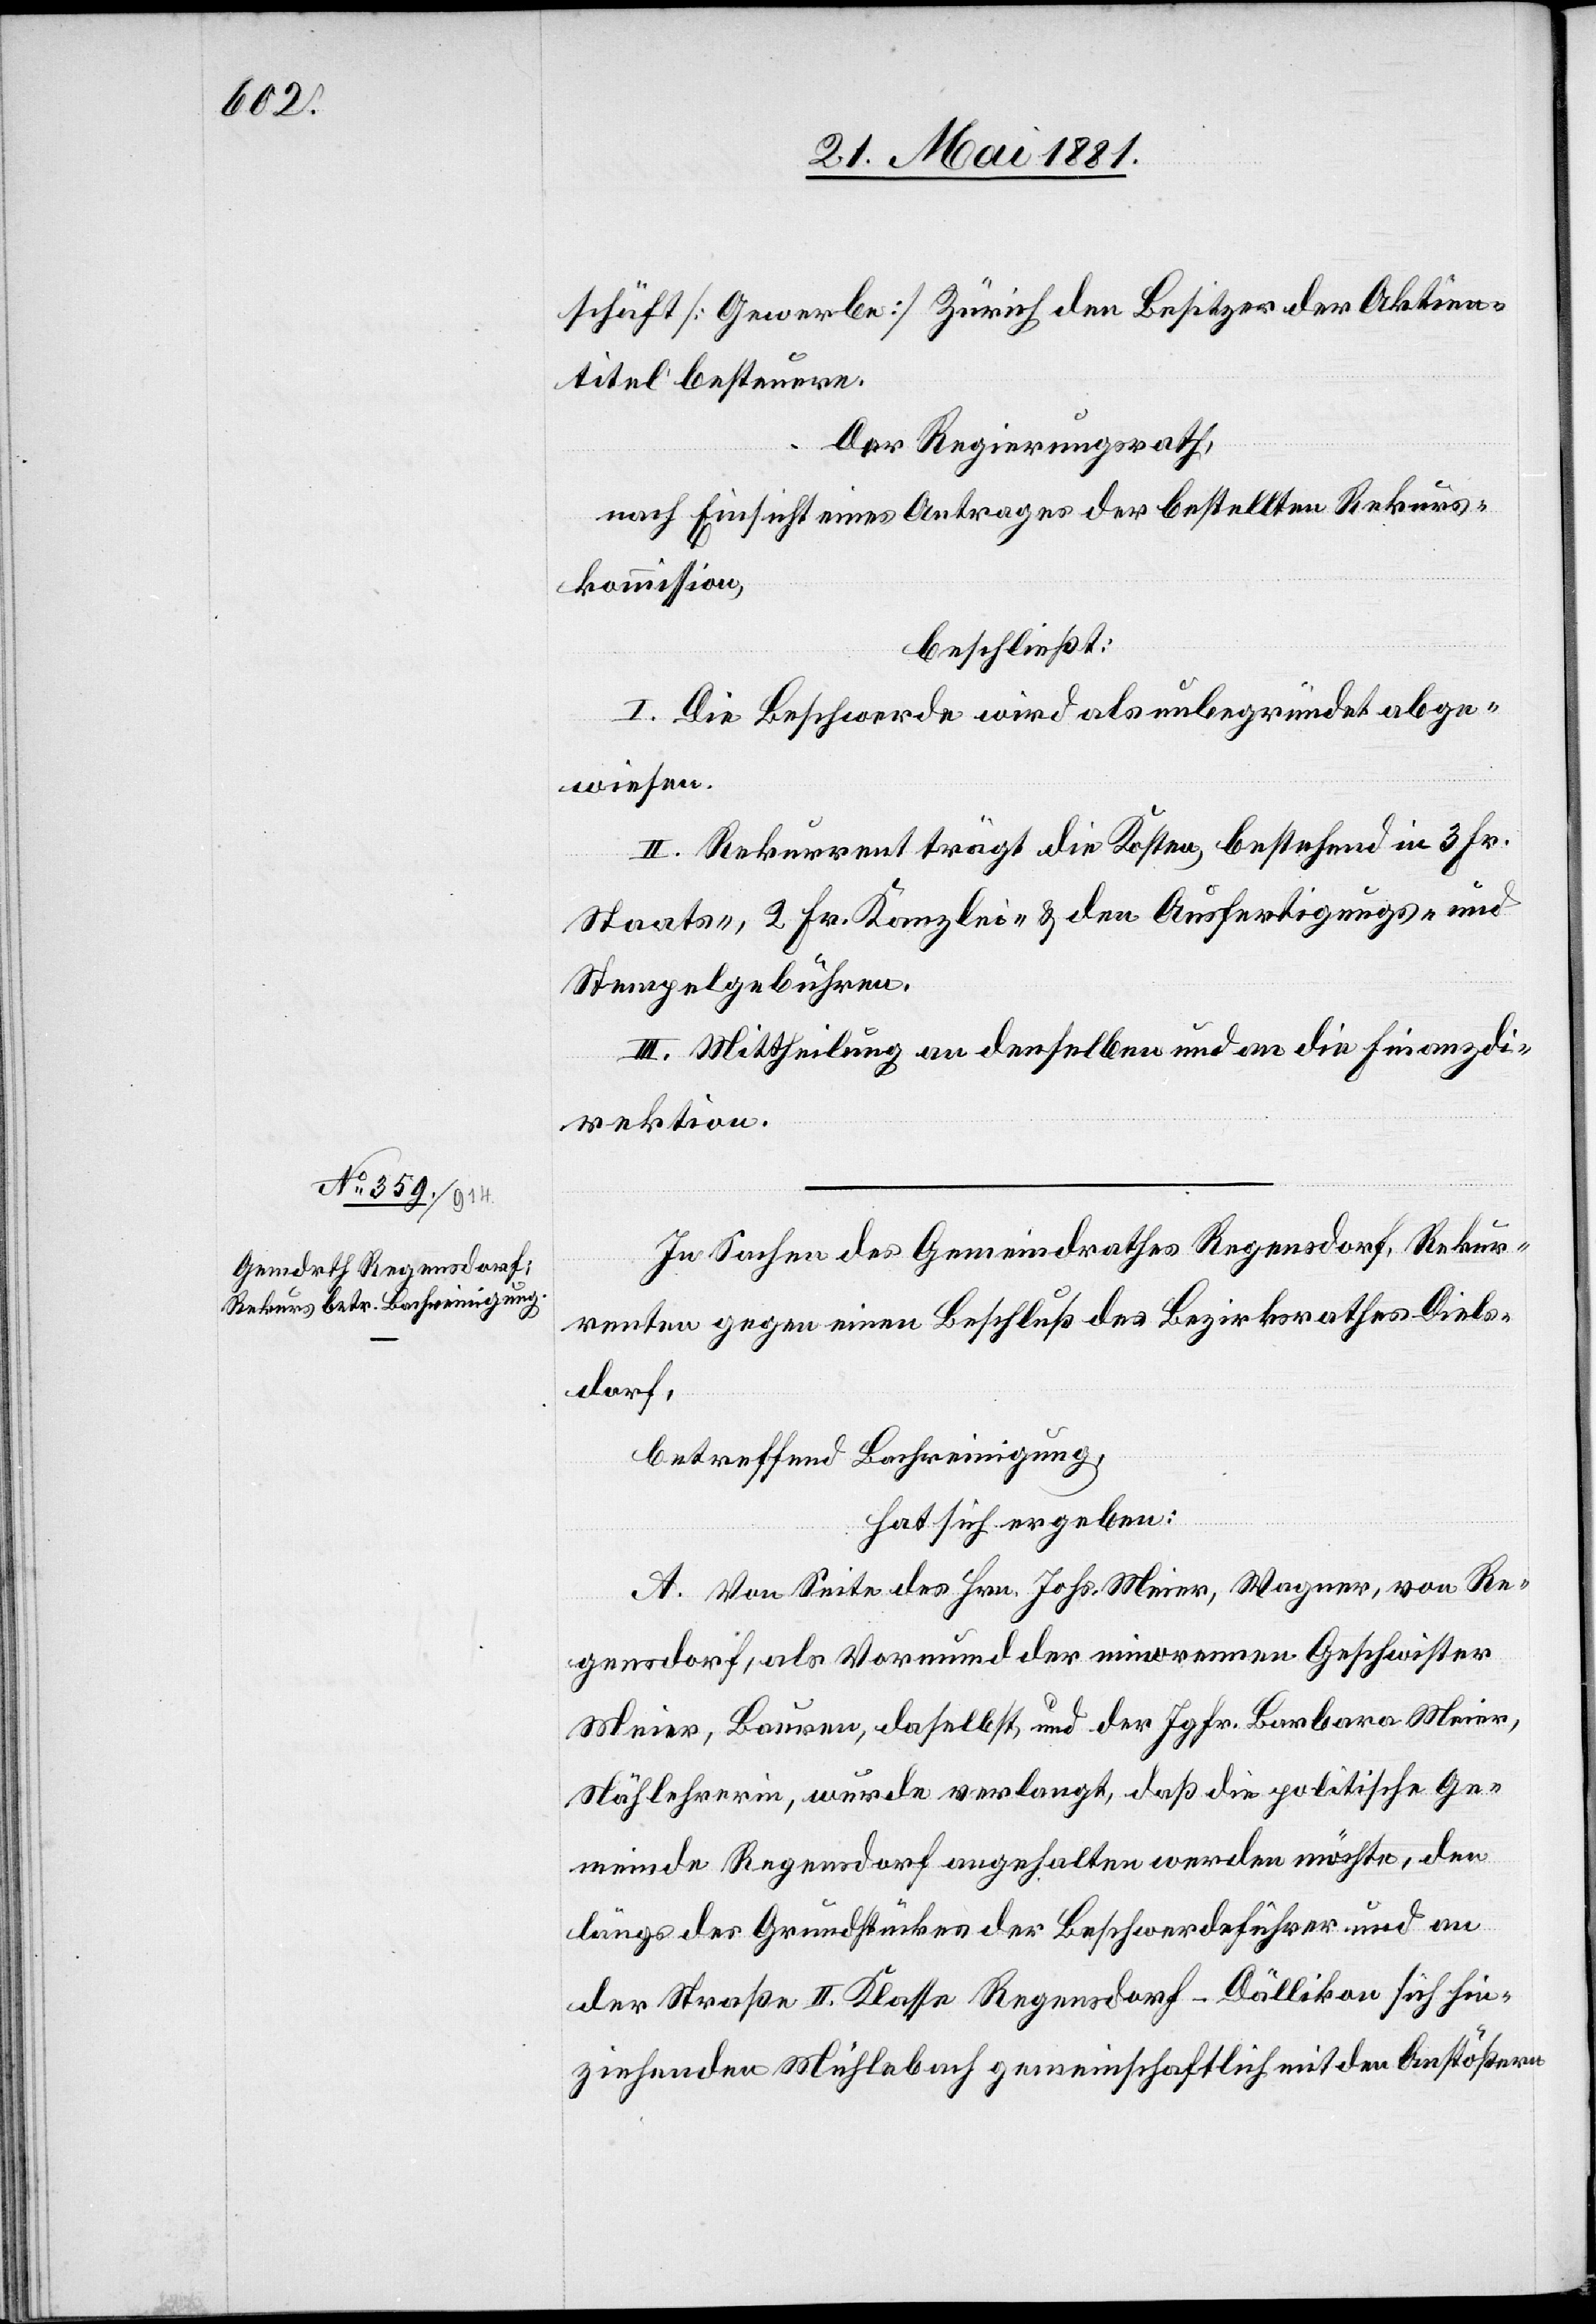
schäft [Gewerbe] Zürich den Besitzer der Aktien¬
titel besteuere.
Der Regierungsrath,
nach Einsicht eines Antrages der bestellten Rekurs¬
kommission,
beschließt:
I. Die Beschwerde wird als unbegründet abge¬
wiesen.
II. Rekurrent trägt die Kosten, bestehend in 3 Fr.
Staats-, 2 Fr. Kanzlei- & den Ausfertigungs- und
Stempelgebühren.
III. Mittheilung an denselben und an die Finanzdi¬
rektion.
In Sachen des Gemeindrathes Regensdorf, Rekur¬
renten gegen einen Beschluß des Bezirksrathes Diels¬
dorf,
betreffend Bachreinigung,
hat sich ergeben:
A. Von Seite des Hrn. Johs. Meier, Wagner, von Re¬
gensdorf, als Vormund der minorennen Geschwister
Meier, Bauren [sic!], daselbst, und der Jgfr. Barbara Meier,
Nählehrerin, wurde verlangt, daß die politische Ge¬
meinde Regensdorf angehalten werden möchte, den
längs des Grundstückes der Beschwerdeführer und an
der Straße II. Klasse Regensdorf–Dällikon sich hin¬
ziehenden Mühlebach gemeinschaftlich mit den Anstößern